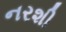
નરશી